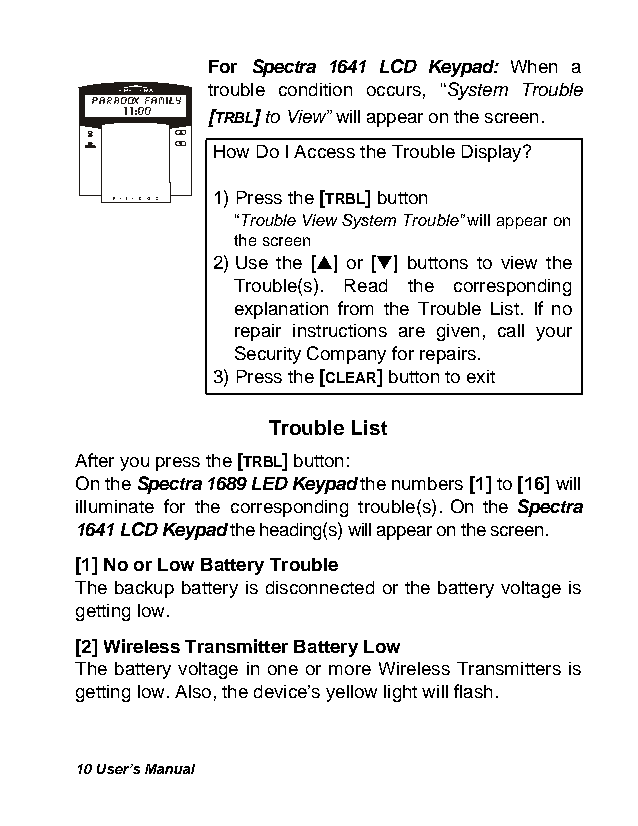
For Spectra 1641 LCD Keypad: When a
 trouble condition occurs, “System Trouble
 [TRBL] to View” will appear on the screen.
 How Do I Access the Trouble Display?
 1) Press the [TRBL] button
 “Trouble View System Trouble” will appear on
 the screen
 2) Use the [s] or [t] buttons to view the
 Trouble(s). Read the corresponding
 explanation from the Trouble List. If no
 repair instructions are given, call your
 Security Company for repairs.
 3) Press the [CLEAR] button to exit
 Trouble List
 After you press the [TRBL] button:
 On the Spectra 1689 LED Keypad the numbers [1] to [16] will
 illuminate for the corresponding trouble(s). On the Spectra
 1641 LCD Keypad the heading(s) will appear on the screen.
 [1] No or Low Battery Trouble
 The backup battery is disconnected or the battery voltage is
 getting low.
 [2] Wireless Transmitter Battery Low
 The battery voltage in one or more Wireless Transmitters is
 getting low. Also, the device’s yellow light will flash.
 10 User’s Manual